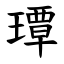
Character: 㻼